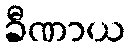
ခီဏာယ